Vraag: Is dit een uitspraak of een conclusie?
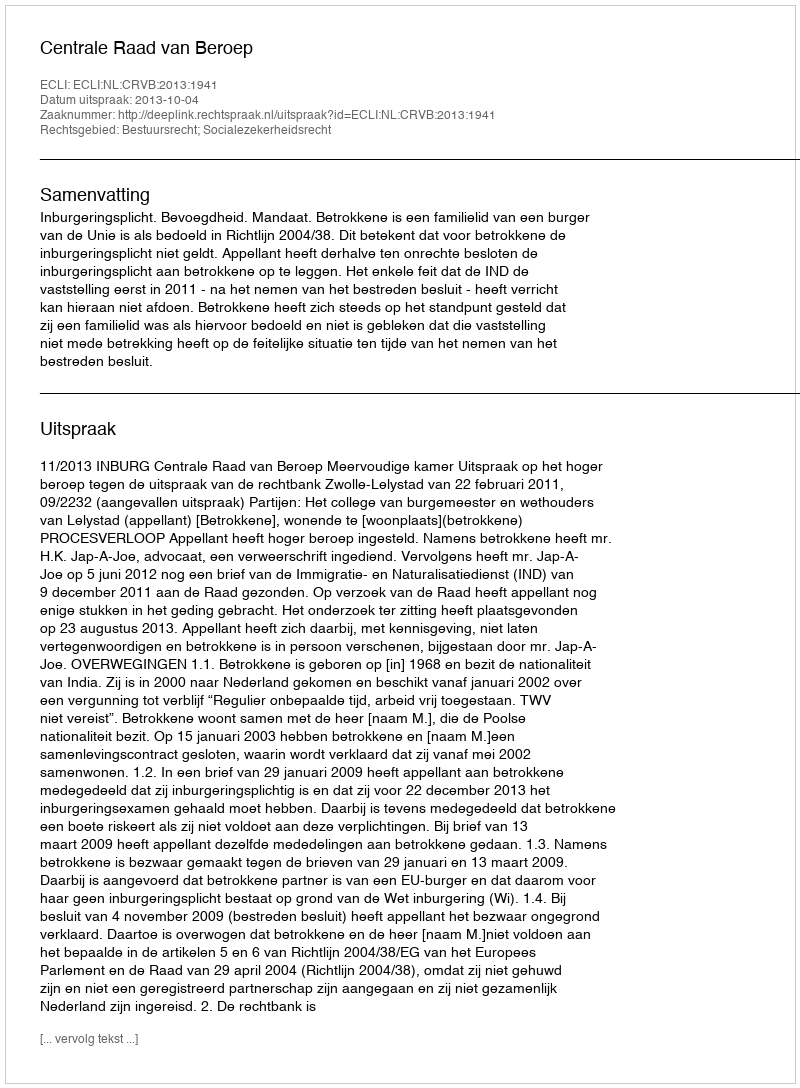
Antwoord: Uitspraak